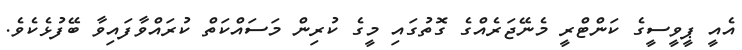
އެއީ ޕީވީސީގެ ކަންޓްރީ މެނޭޖަރެއްގެ ގޮތުގައި މީގެ ކުރިން މަސައްކަތް ކުރައްވާފައިވާ ބޭފުޅެކެވެ.